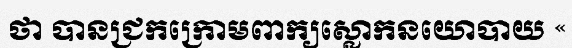
ថា បានជ្រកក្រោមពាក្យស្លោកនយោបាយ «